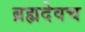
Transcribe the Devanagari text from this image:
ब्रह्मदेवच